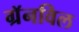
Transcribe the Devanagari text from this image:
ग्रॅनविल